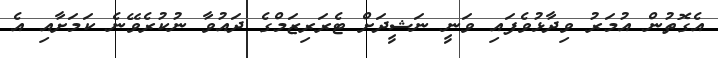
އެގޮތުން އުމަރު ވިދާޅުވެފައި ވަނީ ނަޝީދަށް ޓެރަރިޒަމްގެ ދައުވާ ނުކުރެވޭނެ ކަމަށާއި އެ